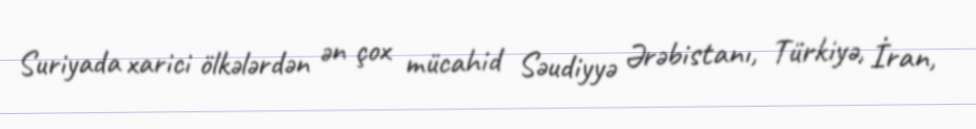
Suriyada xarici ölkələrdən ən çox mücahid Səudiyyə Ərəbistanı, Türkiyə, İran,